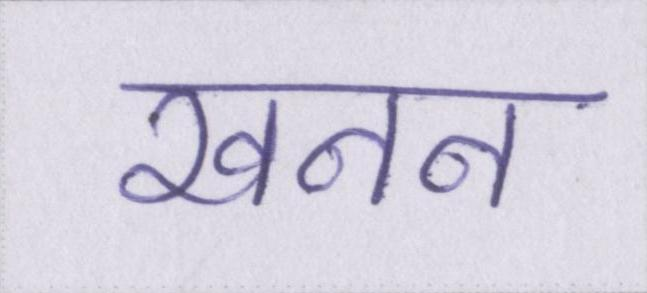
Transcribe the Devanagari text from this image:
खनन